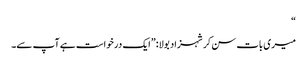
“
میری بات سن کر شہزاد بولا:”ایک درخواست ہے آپ سے۔